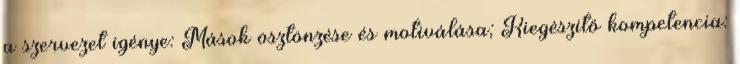
a szervezet igénye: Mások ösztönzése és motiválása; Kiegészítő kompetencia: